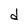
Character: d